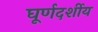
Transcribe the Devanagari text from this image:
घूर्णदर्शीय